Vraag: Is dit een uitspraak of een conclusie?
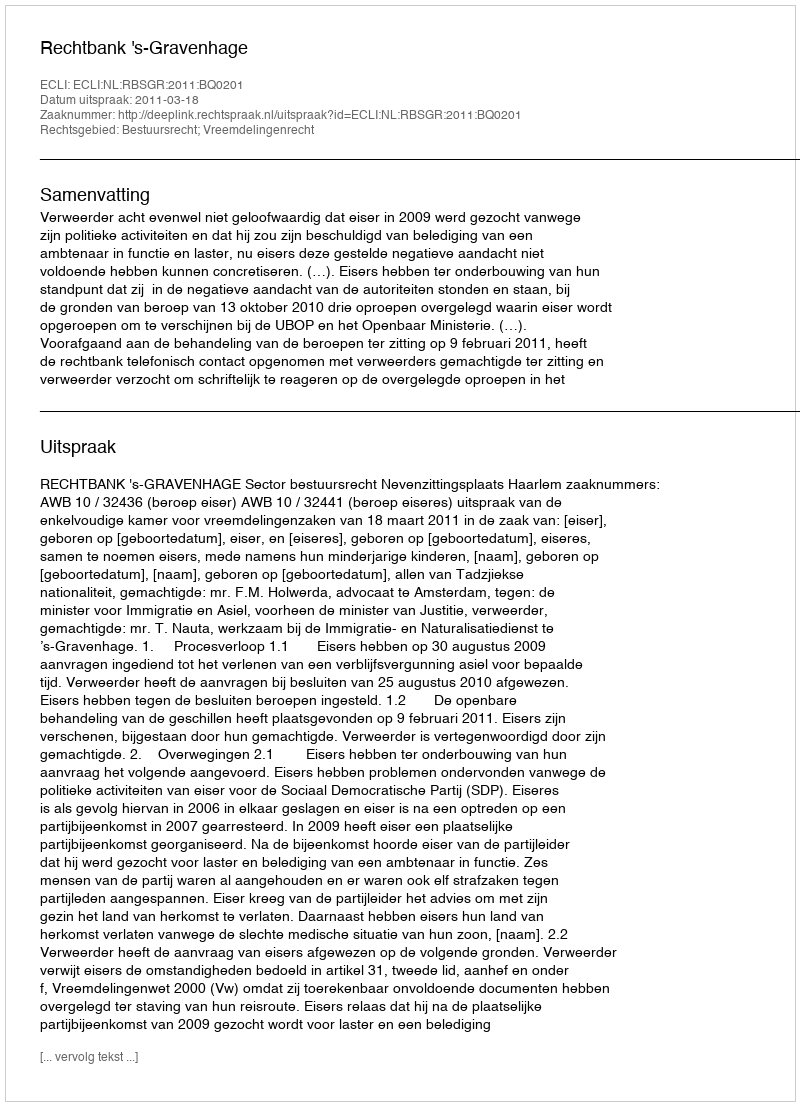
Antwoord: Uitspraak